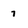
Character: 7